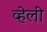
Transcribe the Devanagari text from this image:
व्हेली